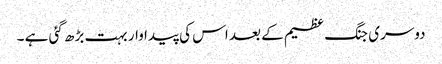
دوسری جنگ عظیم کے بعد اس کی پیدا وار بہت بڑھ گئی ہے ۔